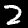
Label: 2